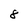
Character: 8